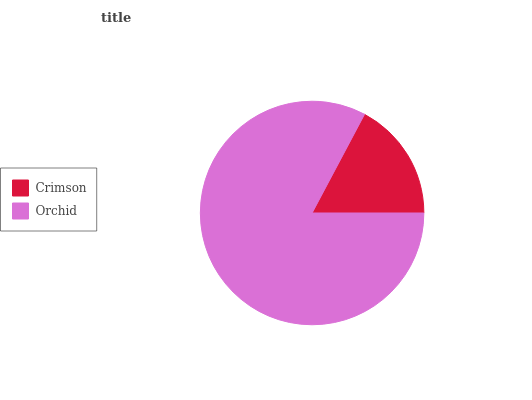
| Crimson | Orchid |
 | --- | --- |
 | 17.2% | 82.8% |